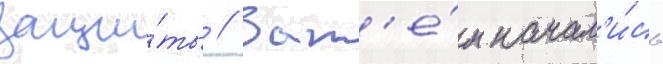
защи́ты // Зат'е́м начал'и́сь